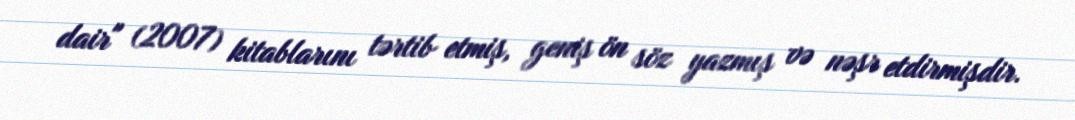
dair" (2007) kitablarını tərtib etmiş, geniş ön söz yazmış və nəşr etdirmişdir.